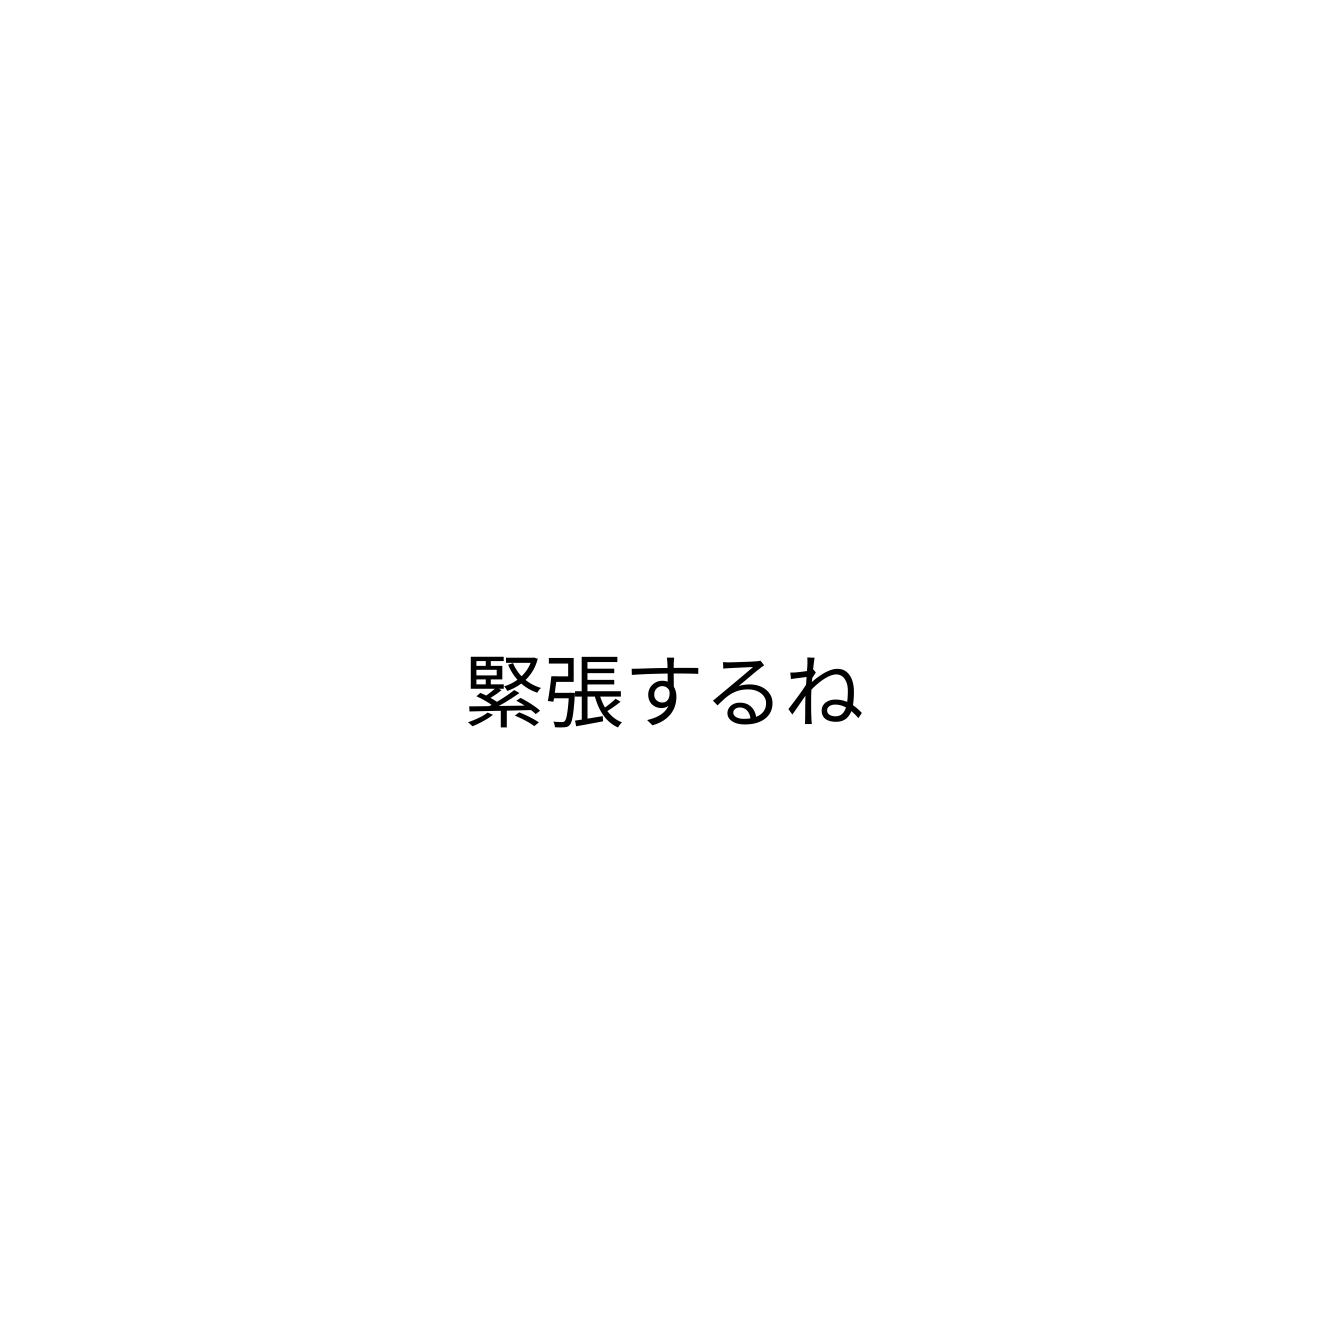
緊張するね